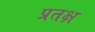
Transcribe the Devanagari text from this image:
प्रतक्ष